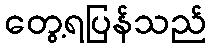
တွေ့ရပြန်သည်